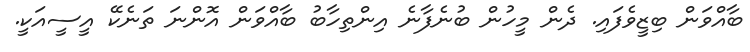
ބާއްވަން ބިޒީވެފައި. ދެން މީހުން ބުނެފާނެ އިންތިހާބު ބާއްވަން އޮންނަ ތަނެކޭ އީސީއަކީ.